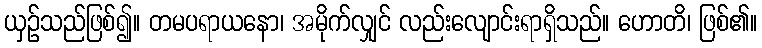
ယှဉ်သည်ဖြစ်၍။ တမပရာယနော၊ အမိုက်လျှင် လည်းလျောင်းရာရှိသည်။ ဟောတိ၊ ဖြစ်၏။